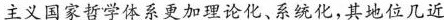
主义国家哲学体系更加理论化、系统化，其地位几近